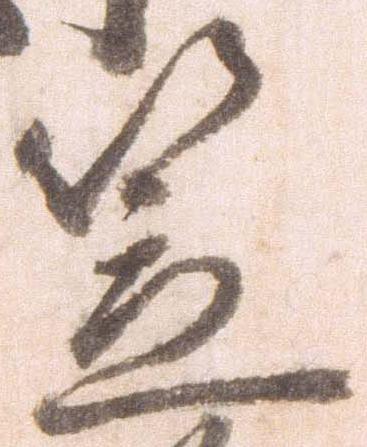
笠